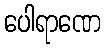
ပေါရာဏေ